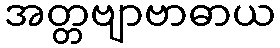
အတ္တဗျာဗာဓာယ